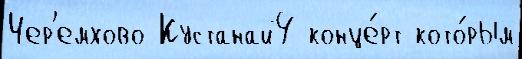
Чер'емхово Кустанай4 конце́рт кото́рым